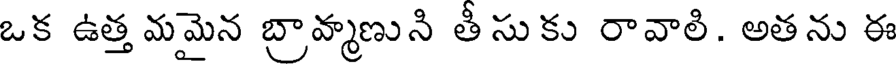
ఒక ఉత్త మమైన బ్రావ్మణుని తీ సుకు రావాలి. అతను ఈ